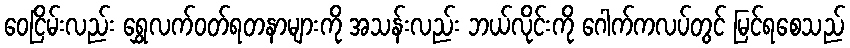
ဝေငြိမ်းလည်း ရွှေလက်ဝတ်ရတနာများကို အသန်းလည်း ဘယ်လိုင်းကို ဂေါက်ကလပ်တွင် မြင်ရစေသည်